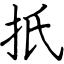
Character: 扺